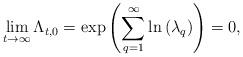
LaTeX: \begin{align*}\lim_{t\rightarrow\infty}\Lambda_{t,0} = \exp\left(\sum_{q=1}^{\infty}\ln\left(\lambda_q\right)\right) = 0,\end{align*}